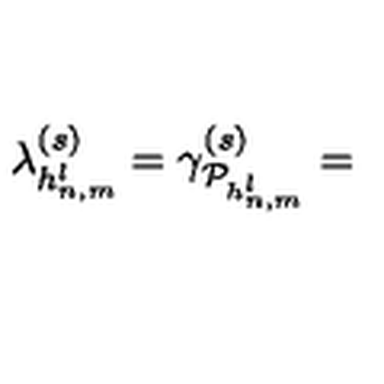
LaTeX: \lambda _ { h _ { n , m } ^ { l } } ^ { ( s ) } = \gamma _ { { \cal P } _ { h _ { n , m } ^ { l } } } ^ { ( s ) } =